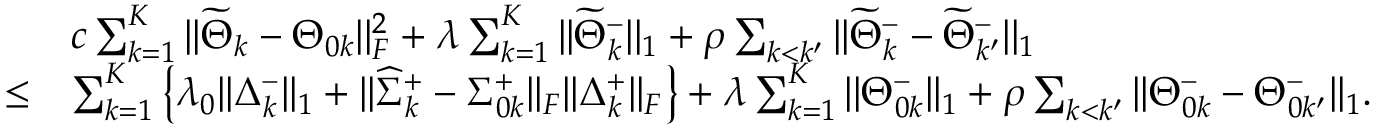
\begin{array} { r l } & { c \sum _ { k = 1 } ^ { K } | | \widetilde { \Theta } _ { k } - \Theta _ { 0 k } | | _ { F } ^ { 2 } + \lambda \sum _ { k = 1 } ^ { K } | | \widetilde { \Theta } _ { k } ^ { - } | | _ { 1 } + \rho \sum _ { k < k ^ { \prime } } | | \widetilde { \Theta } _ { k } ^ { - } - \widetilde { \Theta } _ { k ^ { \prime } } ^ { - } | | _ { 1 } } \\ { \leq } & { \sum _ { k = 1 } ^ { K } \left\{ \lambda _ { 0 } | | \Delta _ { k } ^ { - } | | _ { 1 } + | | \widehat { \Sigma } _ { k } ^ { + } - \Sigma _ { 0 k } ^ { + } | | _ { F } | | \Delta _ { k } ^ { + } | | _ { F } \right\} + \lambda \sum _ { k = 1 } ^ { K } | | \Theta _ { 0 k } ^ { - } | | _ { 1 } + \rho \sum _ { k < k ^ { \prime } } | | \Theta _ { 0 k } ^ { - } - \Theta _ { 0 k ^ { \prime } } ^ { - } | | _ { 1 } . } \end{array}